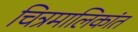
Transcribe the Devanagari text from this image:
चित्रमालिकांत